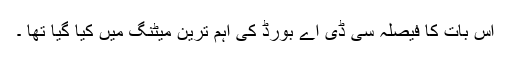
اس بات کا فیصلہ سی ڈی اے بورڈ کی اہم ترین میٹنگ میں کیا گیا تھا ۔